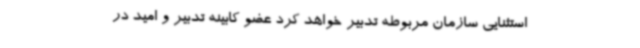
استثنایی سازمان مربوطه تدبیر خواهد کرد عضو کابینه تدبیر و امید در